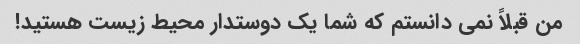
من قبلاً نمی دانستم که شما یک دوستدار محیط زیست هستید!